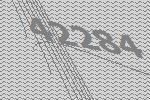
42284